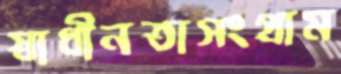
স্বাধীনতাসংগ্রাম